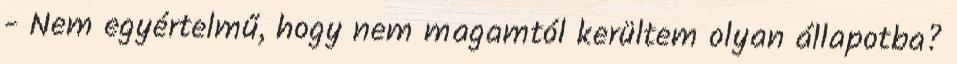
- Nem egyértelmű, hogy nem magamtól kerültem olyan állapotba?